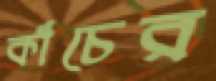
কাঁচের